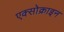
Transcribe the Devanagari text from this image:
एक्सोक्राइन